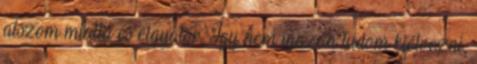
alszom miatta és elgyötör. Így nem igazán tudom kiélvezni,